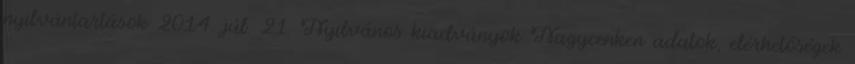
nyilvántartások 2014. júl. 21. Nyilvános kiadványok Nagycenken adatok, elérhetőségek